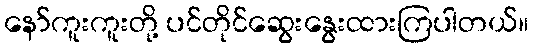
နော်ကူးကူးတို့ ပင်တိုင်ဆွေးနွေးထားကြပါတယ်။